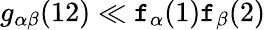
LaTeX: g_{\alpha\beta}(12)\ll\mathtt{f}_{\alpha}(1)\mathtt{f}_{\beta}(2)